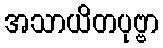
အသာယိတပုဗ္ဗာ